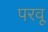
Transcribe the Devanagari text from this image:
परवू